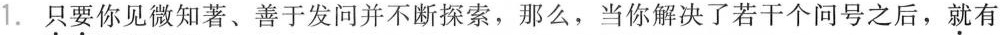
1.只要你见微知著、善于发问并不断探索，那么，当你解决了若干个问号之后，就有